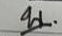
บ